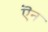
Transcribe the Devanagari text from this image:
ऎन